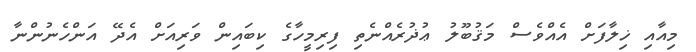
މިއާއި ޚިލާފަށް އެއްވެސް މަޤުބޫލު ޢުޛުރެއްނެތި ފިރިމީހާގެ ކިބައިން ވަރިއަށް އެދޭ އަންހެނުންނާ